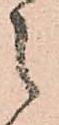
之